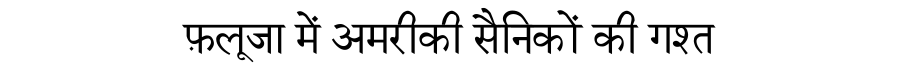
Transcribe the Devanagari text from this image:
फ़लूजा में अमरीकी सैनिकों की गश्त